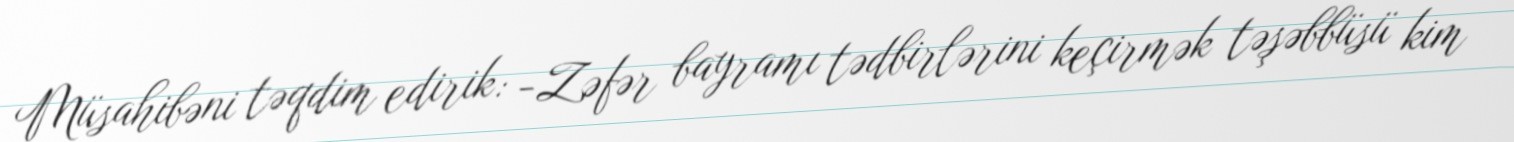
Müsahibəni təqdim edirik: -Zəfər bayramı tədbirlərini keçirmək təşəbbüsü kim